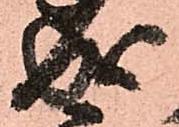
成